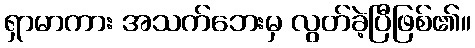
ရှာမာကား အသက်ဘေးမှ လွတ်ခဲ့ပြီဖြစ်၏။